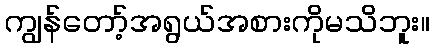
ကျွန်တော့်အရွယ်အစားကိုမသိဘူး။